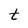
Character: t